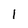
Character: 1